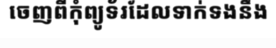
ចេញពីកុំព្យូទ័រដែលទាក់ទងនឹង